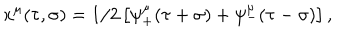
x ^ { \mu } ( \tau , \sigma ) = 1 / 2 \left[ \psi _ { + } ^ { \mu } ( \tau + \sigma ) + \psi _ { - } ^ { \mu } ( \tau - \sigma ) \right] ,